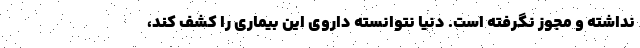
نداشته و مجوز نگرفته است. دنیا نتوانسته داروی این بیماری را کشف کند،